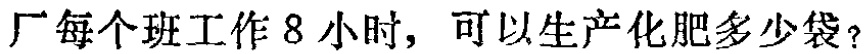
厂每个班工作 8 小时，可以生产化肥多少袋？